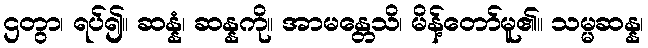
ဌတွာ၊ ရပ်၍။ ဆန္နံ၊ ဆန္နကို။ အာမန္တေသိ၊ မိန့်တော်မူ၏။ သမ္မဆန္န၊